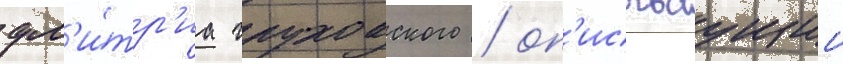
дм'и́тр'иа глуховского / оп'исываущии